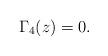
\begin{align*}\Gamma_{4}(z)=0. \end{align*}